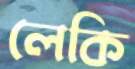
লেকি